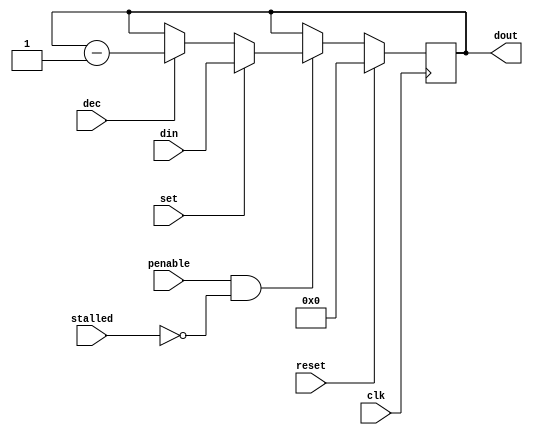
module scratch (
  input         clk,
  input         penable,
  input         reset,
  input         stalled,
  input [31:0]  din,
  input         set,
  input         dec,
  output [31:0] dout
);

  reg [31:0] val;

  assign dout = val;

  always @(posedge clk) begin
    if (reset)
      val <= 0;
    else if (penable && !stalled) begin
      if (set)
        val <= din;
      else if (dec)
        val <= val - 1;
    end
  end

endmodule